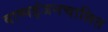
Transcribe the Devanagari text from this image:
वाष्पइंजनचालित